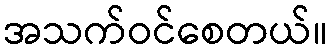
အသက်ဝင်စေတယ်။